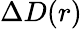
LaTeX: \Delta D(r)